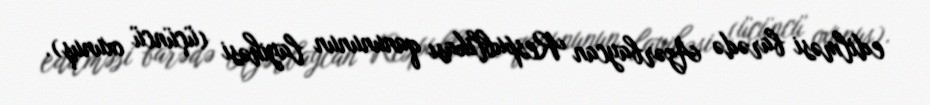
edilməsi barədə Azərbaycan Respublikası qanununun layihəsi (üçüncü oxunuş).